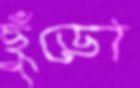
ছুঁড়ো